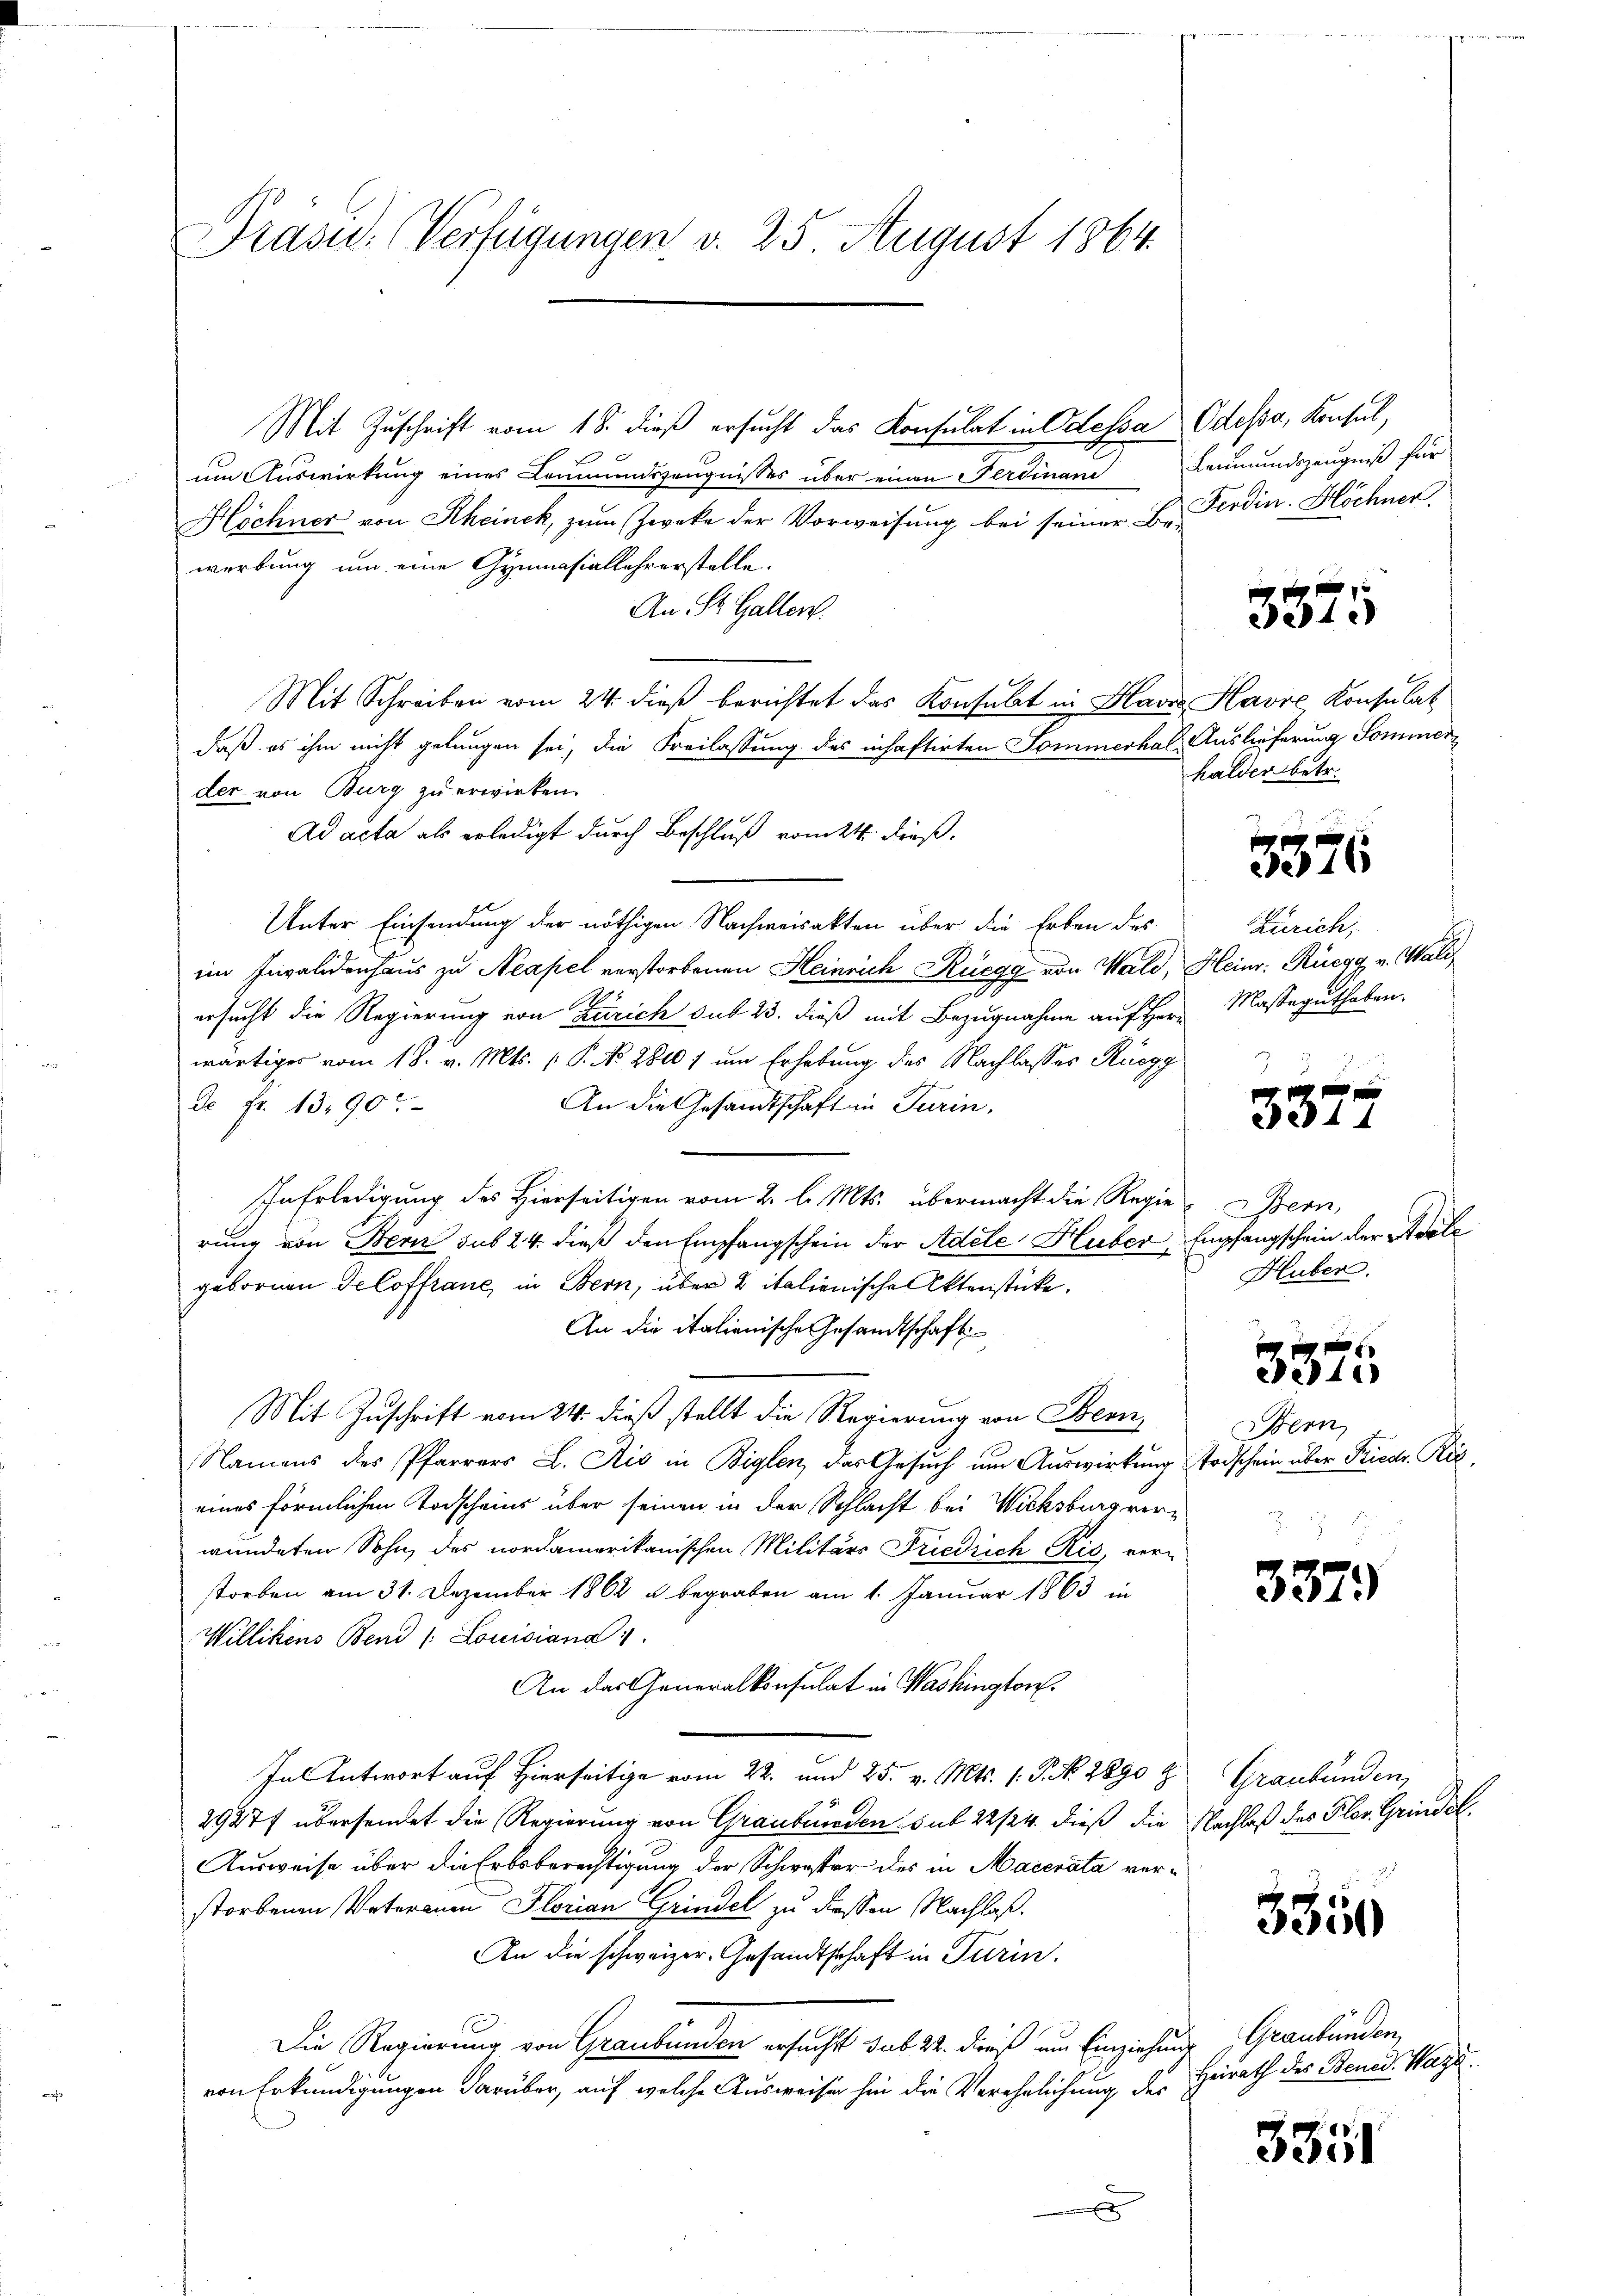
Präsid. Verfügungen d. 25 August 1864.

Mit Zuschrift vom 18. dieß ersucht das Konsulat in Odessa Odessa, Konsul,
um Auswirkung eines Commenszeugnisses über einen Ferdinan
Höchner von Rheinck, zum Zwecke der Vorweisung bei seiner B. Ferdin. Höchner,
werbung um eine Gymnasiallehrerstelle.
An St. Gallen.
Mit Schreiben vom 24. dieß berichtet das Konsulat in Havro Havre Konsulat
daß es ihm nicht gelungen sei, die Freilassung des inhaftirten Sommerhal- Auslieferung Sommerder von Burg zu erwirken.
Ad acta als erledigt durch Beschluß vom 24. dieß,
Unter Einsendung der nöthigen Nachweisakten über die Erben des
im Invalidenhaus zu Neapel verstorbenen Heinrich Rüegg von Wald, Heinr. Rüegg v. Waliersucht die Regierung von Zürich sub 23. dieß mit Bezugnahme auf Herr
wärtiges vom 18. v. Mts. (T. No 2810 / um Erhebung des Nachlasses Rüegg
d. Fr. 1390
An die Gesandtschaft in Turin,
In Erledigung des Hierseitigen vom 2. l. Mts. übermacht die Regien Bern,
rung von Bern sub 24. dieß den Empfangschein der Adele Huber, Empfangschein der Adale
gebornen Veloffrane, in Bern, über 2 italienische Aktenstücke.
An die italienische Gesandtschaft
Mit Zuschrift vom 24. dieß stellt die Regierung von Been
Namens des Pfarrers L. Ais in Biglen, das Gesŭch um Auswirkung Todschein über Friedr. Rig
eines förmlichen Todscheins über seinen in der Schlacht bei Wicksburg verwündeten Sohn des nordamerikanischen Militärs Friedrich Ris, verstorben am 31. Dezember 1862 u. begraben am 1. Januar 1863 in
Willikens Bend /: Louisiana 1
An das Generalkonsulat in Washington.
In Antwort auf Hierseit vom 22. und 25. v. Mts. 1. P. Nr. 2890 z
2927/ übersendet die Regierung von Graubünden sub 22/24. dieß die Nachlaß des Flor. Grindel¬
Ausweise über die Erbsberechtigung der Schwester des in Macerata verstorbenen Vaterauen Florian Grindel zu diesen Nachlaß.
An die schweizer-Gesandtschaft in Turin.
Die Regierung von Graubünden ersucht sub 24. dieß um Einziehung Graubünden,
von Erkundigungen darüber, auf welche Ausweisen hin die Verehelichung des Heirath des Bened. Wage

Leumundszeugniß für

3375

halden betr.

3576

Zürich,
Masseguthaben.

3374

Huber.

3375

Bern

337)

Graubünden,

3351

3351